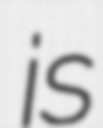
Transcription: is